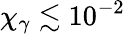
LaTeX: \chi_{\gamma}\lesssim 10^{-2}